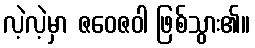
လဲ့လဲ့မှာ ဇဝေဇဝါ ဖြစ်သွား၏။